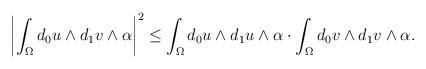
LaTeX: \begin{align*}\begin{aligned}\left|\int_{\Omega}d_0 u\wedge d_1 v\wedge\alpha\right|^2\leq \int_{\Omega}d_0 u\wedge d_1 u\wedge\alpha\cdot \int_{\Omega}d_0 v\wedge d_1 v\wedge\alpha.\end{aligned}\end{align*}